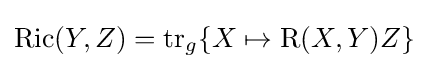
\operatorname {Ric} (Y,Z)=\operatorname {tr} _{g}\lbrace X\mapsto \operatorname {R} (X,Y)Z\rbrace